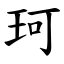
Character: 珂